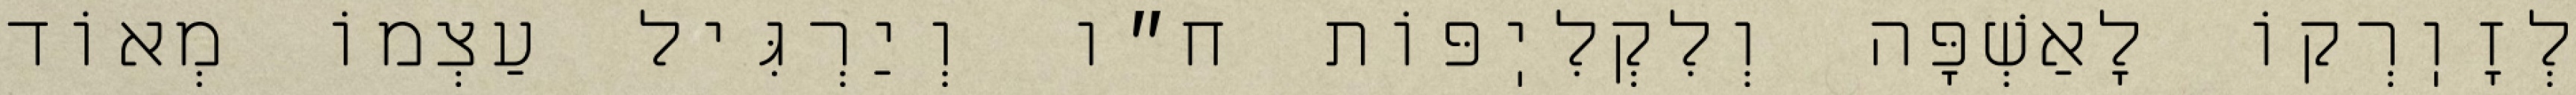
לְזׇוֽרְקוֹ לָאַשְׁפָּה וְלִקְלִיֽפּוֹת ח״ו וְיַרְגִּיל עַצְמוֹ מְאוֹד